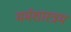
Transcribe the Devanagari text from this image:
मर्मशास्त्रम